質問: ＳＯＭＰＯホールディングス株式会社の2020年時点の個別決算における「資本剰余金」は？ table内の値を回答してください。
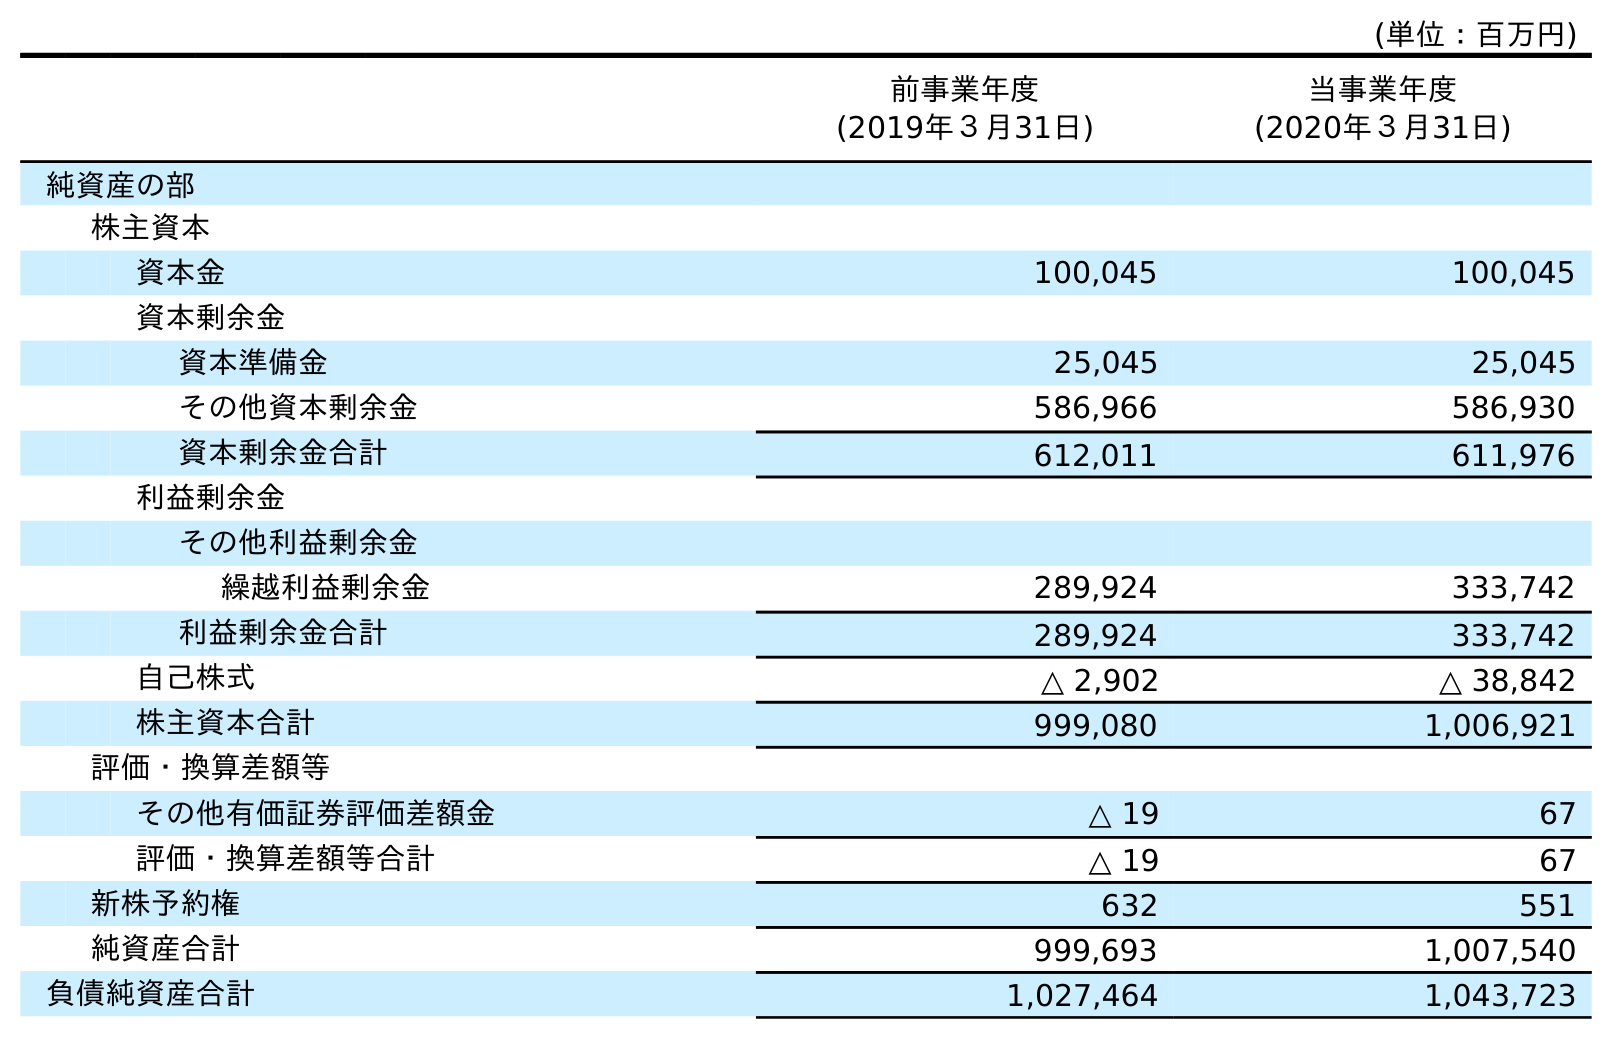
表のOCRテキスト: (単位：百万円) 前事業年度 (2019年３月31日) 当事業年度 (2020年３月31日) 純資産の部 株主資本 資本金 100,045 100,045 資本剰余金 資本準備金 25,045 25,045 その他資本剰余金 586,966 586,930 資本剰余金合計 612,011 611,976 利益剰余金 その他利益剰余金 繰越利益剰余金 289,924 333,742 利益剰余金合計 289,924 333,742 自己株式 △ 2,902 △ 38,842 株主資本合計 999,080 1,006,921 評価・換算差額等 その他有価証券評価差額金 △ 19 67 評価・換算差額等合計 △ 19 67 新株予約権 632 551 純資産合計 999,693 1,007,540 負債純資産合計 1,027,464 1,043,723
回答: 611,976